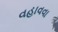
વહાવવા